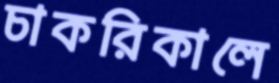
চাকরিকালে